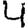
Digit: 4